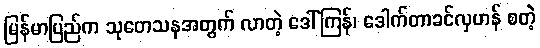
မြန်မာပြည်က သုတေသနအတွက် လာတဲ့ ဒေါ်ကြန်၊ ဒေါက်တာခင်လှဟန် စတဲ့